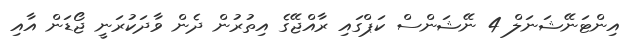
އިންޓަނޭޝަނަލް 4 ނޭޝަންސް ކަޕްގައި ރާއްޖޭގެ އިތުރުން ދެން ވާދަކުރަނީ ޖޯޑަން އާއި